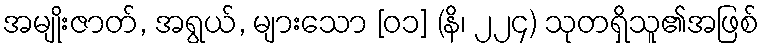
အမျိုးဇာတ်, အရွယ်, များသော [၀၁] (နိ၊ ၂၂၄) သုတရှိသူ၏အဖြစ်